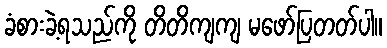
ခံစားခဲ့ရသည်ကို တိတိကျကျ မဖော်ပြတတ်ပါ။